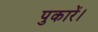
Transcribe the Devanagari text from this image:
पुकारें।